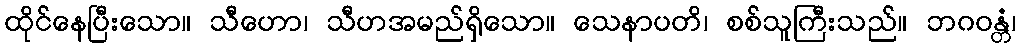
ထိုင်နေပြီးသော။ သီဟော၊ သီဟအမည်ရှိသော။ သေနာပတိ၊ စစ်သူကြီးသည်။ ဘဂဝန္တံ၊